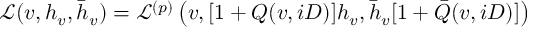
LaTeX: \mathcal L ( v , h _ { v } , \bar { h } _ { v } ) = \mathcal L ^ { ( p ) } \left( v , [ 1 + Q ( v , i D ) ] h _ { v } , \bar { h } _ { v } [ 1 + \bar { Q } ( v , i D ) ] \right)